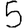
Digit: 5